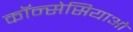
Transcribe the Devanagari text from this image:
कॉन्सेसियाओ